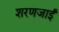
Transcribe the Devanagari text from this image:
शरणजाईं